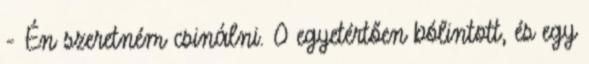
- Én szeretném csinálni. O egyetértően bólintott, és egy